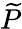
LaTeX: \widetilde{P}